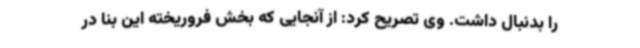
را بدنبال داشت. وی تصریح کرد: از آنجایی که بخش فروریخته این بنا در